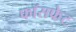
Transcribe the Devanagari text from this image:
फॉसफेट